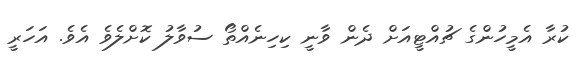
ކުރާ އެމީހުންގެ ޗުއްޓީއަށް ދެން ވާނީ ކިހިނެއްތޯ ސުވާލު ކޮށްލެެވެ އެވެ. އަހަރީ